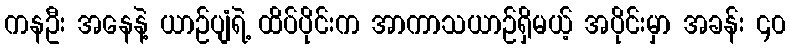
ကနဦး အနေနဲ့ ယာဉ်ပျံရဲ့ ထိပ်ပိုင်းက အာကာသယာဉ်ရှိမယ့် အပိုင်းမှာ အခန်း ၄၀